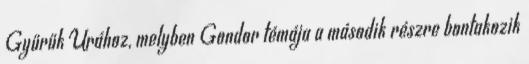
Gyűrűk Urához, melyben Gondor témája a második részre bontakozik